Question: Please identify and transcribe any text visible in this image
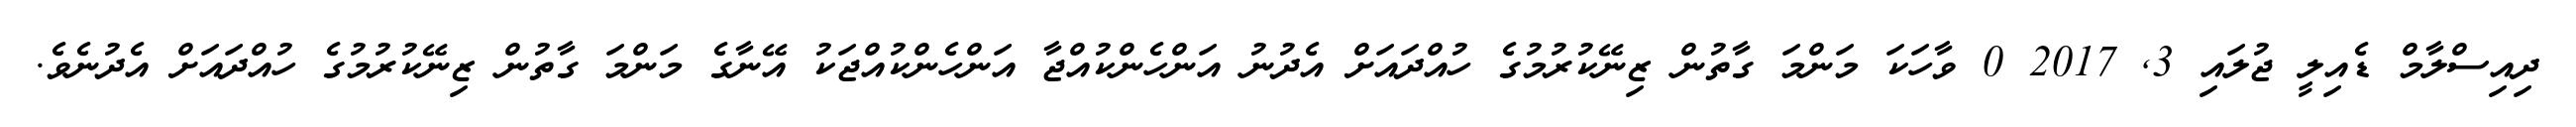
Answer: ދިއިސްލާމް ޑެއިލީ ޖުލައި 3, 2017 0 ވާހަކަ މަންމަ ގާތުން ޒިނޭކުރުމުގެ ހުއްދައަށް އެދުނު އަންހެންކުއްޖާ އަންހެންކުއްޖަކު އޭނާގެ މަންމަ ގާތުން ޒިނޭކުރުމުގެ ހުއްދައަށް އެދުނެވެ.